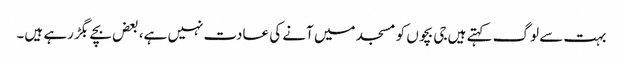
بہت سے لوگ کہتے ہیں جی بچوں کو مسجد میں آنے کی عادت نہیں ہے، بعض بچے بگڑ رہے ہیں۔